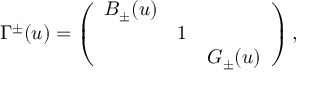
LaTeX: \Gamma ^ { \pm } ( u ) = \left( \begin{array} { c c c } { { B _ { \pm } ( u ) } } & { { } } & { { } } \\ { { } } & { { 1 } } & { { } } \\ { { } } & { { } } & { { G _ { \pm } ( u ) } } \end{array} \right) ,